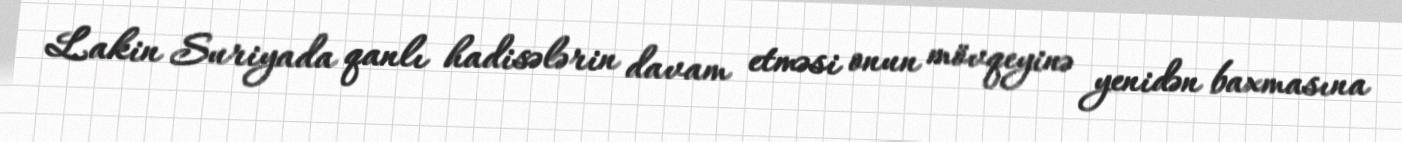
Lakin Suriyada qanlı hadisələrin davam etməsi onun mövqeyinə yenidən baxmasına